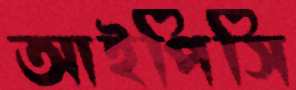
আইপিসি